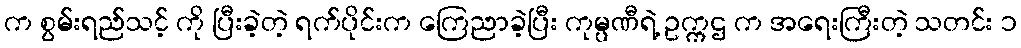
က စွမ်းရည်သင့် ကို ပြီးခဲ့တဲ့ ရက်ပိုင်းက ကြေညာခဲ့ပြီး ကုမ္ပဏီရဲ့ ဥက္ကဌ က အရေးကြီးတဲ့ သတင်း ၁